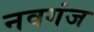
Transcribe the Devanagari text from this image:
नवगंज